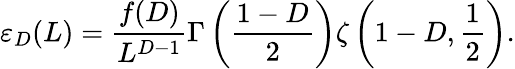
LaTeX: \varepsilon_{D}(L)=\frac{f(D)}{L^{D-1}}\Gamma\left(\frac{1-D}{2}\right)\zeta\left(1-D,\frac 1{2}\right).